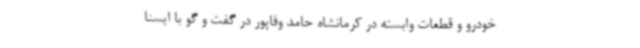
خودرو و قطعات وابسته در کرمانشاه حامد وفاپور در گفت و گو با ایسنا